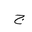
Letter: _gim